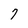
Character: 7